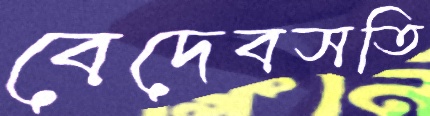
বেদেবসতি